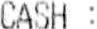
CASH :